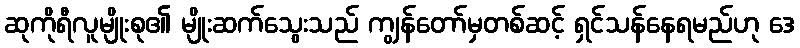
ဆုကိုရီလူမျိုးစု၏ မျိုးဆက်သွေးသည် ကျွန်တော်မှတစ်ဆင့် ရှင်သန်နေရမည်ဟု ဒေ